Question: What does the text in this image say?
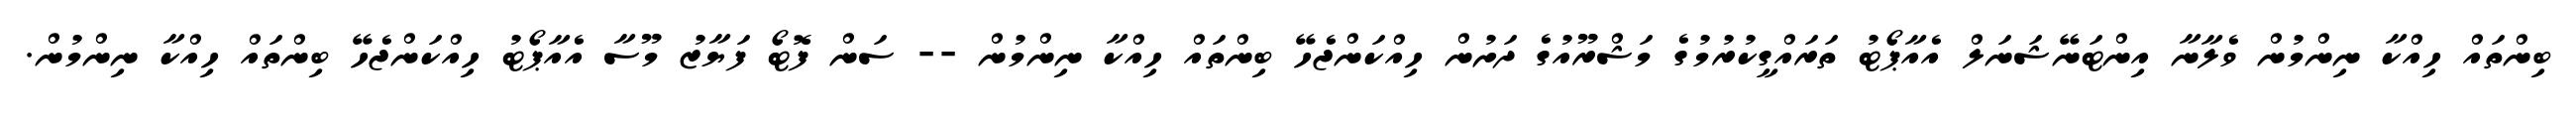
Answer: ބިންތައް ހިއްކާ ނިންމުން ވެލާނާ އިންޓަނޭޝަނަލް އެއާޕޯޓު ތަރައްގީކުރުމުގެ މަޝްރޫއުގެ ދަށުން ހިއްކަންޖެހޭ ބިންތައް ހިއްކާ ނިންމުން -- ސަން ފޮޓޯ ފަޔާޒު މޫސާ އެއާޕޯޓު ހިއްކަންޖެހޭ ބިންތައް ހިއްކާ ނިންމުން.